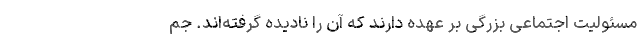
مسئولیت اجتماعی بزرگی بر عهده دارند که آن را نادیده گرفته‌اند. جم